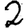
Digit: 2